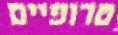
טרופיים